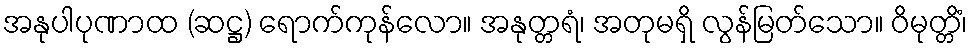
အနုပါပုဏာထ (ဆဋ္ဌ) ရောက်ကုန်လော။ အနုတ္တရံ၊ အတုမရှိ လွန်မြတ်သော။ ဝိမုတ္တိံ၊